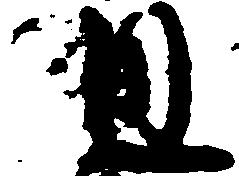
通